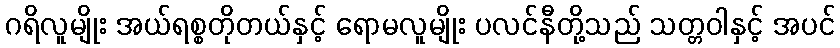
ဂရိလူမျိုး အယ်ရစ္စတိုတယ်နှင့် ရောမလူမျိုး ပလင်နီတို့သည် သတ္တဝါနှင့် အပင်